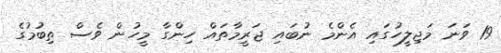
19 ވަނަ މަޖިލީހުގައި އެންމެ ނުބައި ޖަރީމާތައް ހިންގާ މީހުން ވެސް ތިބުމުގެ